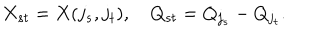
X _ { s t } = X ( j _ { s } , j _ { t } ) , Q _ { s t } = Q _ { j _ { s } } - Q _ { j _ { t } } .